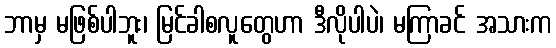
ဘာမှ မဖြစ်ပါဘူး၊ မြင်ခါစလူတွေဟာ ဒီလိုပါပဲ၊ မကြာခင် အသားက